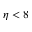
\eta < 8